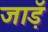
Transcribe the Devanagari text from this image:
जाड़ॅ